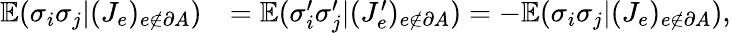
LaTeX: \begin{array}{rl}{\mathbb{E}(\sigma_{i}\sigma_{j}|(J_{e})_{e\notin\partial A})}&{=\mathbb{E}(\sigma_{i}^{\prime}\sigma_{j}^{\prime}|(J_{e}^{\prime})_{e\notin\partial A})=-\mathbb{E}(\sigma_{i}\sigma_{j}|(J_{e})_{e\notin\partial A}),}\end{array}